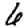
Digit: 6